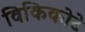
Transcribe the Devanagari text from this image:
विकिकोटे